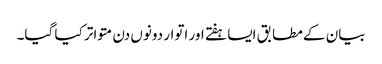
بیان کے مطابق ایسا ہفتے اور اتوار دونوں دن متواتر کیا گیا۔